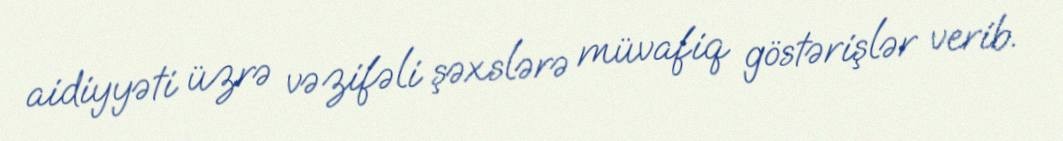
aidiyyəti üzrə vəzifəli şəxslərə müvafiq göstərişlər verib.